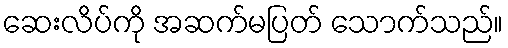
ဆေးလိပ်ကို အဆက်မပြတ် သောက်သည်။